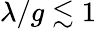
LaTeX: \lambda/g\lesssim 1